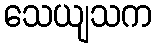
သေယျသက